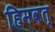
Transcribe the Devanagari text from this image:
हिमवत्‌